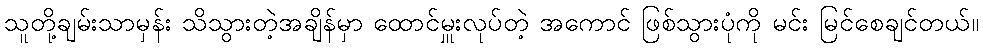
သူတို့ချမ်းသာမှန်း သိသွားတဲ့အချိန်မှာ ထောင်မှူးလုပ်တဲ့ အကောင် ဖြစ်သွားပုံကို မင်း မြင်စေချင်တယ်။